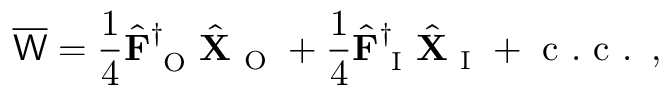
\overline { { \mathsf { W } } } = \frac { 1 } { 4 } \hat { \mathbf { F } } _ { \mathrm { ~ O ~ } } ^ { \dagger } \hat { \mathbf { X } } _ { \mathrm { ~ O ~ } } + \frac { 1 } { 4 } \hat { \mathbf { F } } _ { \mathrm { ~ I ~ } } ^ { \dagger } \hat { \mathbf { X } } _ { \mathrm { ~ I ~ } } + \mathrm { ~ c ~ . ~ c ~ . ~ } \, ,